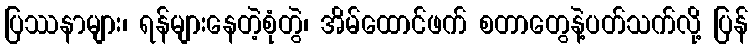
ပြဿနာများ၊ ရန်များနေတဲ့စုံတွဲ၊ အိမ်ထောင်ဖက် စတာတွေနဲ့ပတ်သက်လို့ ပြန်